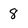
Character: 8